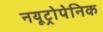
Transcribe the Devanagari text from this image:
नयूट्रोपेनिक